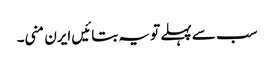
سب سے پہلے تو یہ بتائیں ایرن منی۔